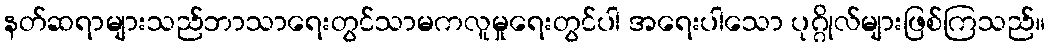
နတ်ဆရာများသည်ဘာသာရေးတွင်သာမကလူမှုရေးတွင်ပါ အရေးပါသော ပုဂ္ဂိုလ်များဖြစ်ကြသည်။